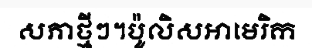
សភាថ្មីៗ។ប៉ូលិសអាមេរិក